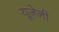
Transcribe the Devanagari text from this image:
यूजेनी